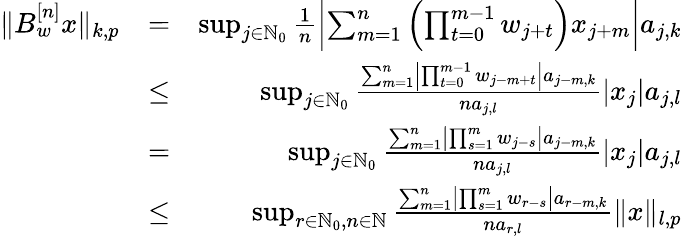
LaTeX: \begin{array}{rlr}{\Vert B_{w}^{[n]}x\Vert_{k,p}}&{=}&{\operatorname*{sup}_{j\in\mathbb{N}_{0}}\frac{1}{n}\left|\sum_{m=1}^{n}\left(\prod_{t=0}^{m-1}w_{j+t}\right)x_{j+m}\right|a_{j,k}}\\ &{\leq}&{\operatorname*{sup}_{j\in\mathbb{N}_{0}}\frac{\sum_{m=1}^{n}\left|\prod_{t=0}^{m-1}w_{j-m+t}\right|a_{j-m,k}}{na_{j,l}}|x_{j}|a_{j,l}}\\ &{=}&{\operatorname*{sup}_{j\in\mathbb{N}_{0}}\frac{\sum_{m=1}^{n}\left|\prod_{s=1}^{m}w_{j-s}\right|a_{j-m,k}}{na_{j,l}}|x_{j}|a_{j,l}}\\ &{\leq}&{\operatorname*{sup}_{r\in\mathbb{N}_{0},n\in\mathbb{N}}\frac{\sum_{m=1}^{n}\left|\prod_{s=1}^{m}w_{r-s}\right|a_{r-m,k}}{na_{r,l}}\Vert x\Vert_{l,p}}\end{array}